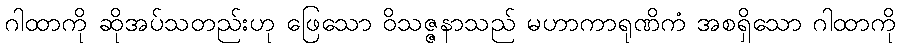
ဂါထာကို ဆိုအပ်သတည်းဟု ဖြေသော ဝိသဇ္ဇနာသည် မဟာကာရုဏိကံ အစရှိသော ဂါထာကို